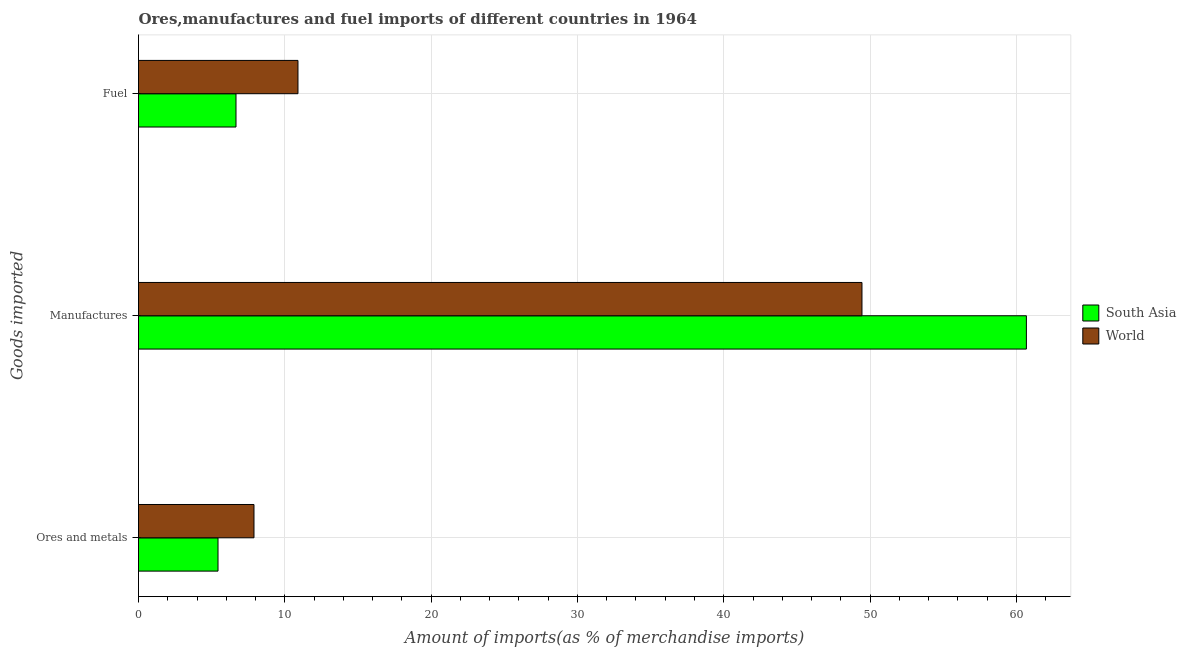
| Goods imported | South Asia | World |
 | --- | --- | --- |
 | Ores and metals | 5.43 | 7.89 |
 | Manufactures | 60.7 | 49.4 |
 | Fuel | 6.66 | 10.9 |